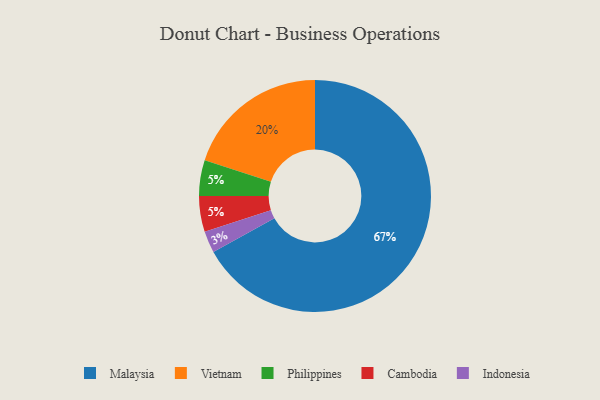
{"axis": {"x": "Category", "y": "Percentage"}, "legend": ["Cambodia", "Indonesia", "Malaysia", "Philippines", "Vietnam"], "data": [{"x": "Vietnam", "y": 20, "type": "Vietnam"}, {"x": "Malaysia", "y": 67, "type": "Malaysia"}, {"x": "Philippines", "y": 5, "type": "Philippines"}, {"x": "Indonesia", "y": 3, "type": "Indonesia"}, {"x": "Cambodia", "y": 5, "type": "Cambodia"}]}